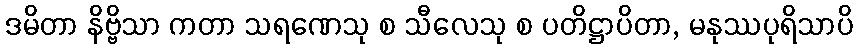
ဒမိတာ နိဗ္ဗိသာ ကတာ သရဏေသု စ သီလေသု စ ပတိဋ္ဌာပိတာ, မနုဿပုရိသာပိ